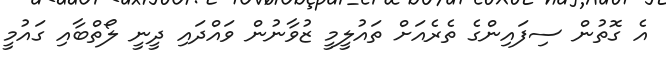
އެ ގޮތުން ސިފައިންގެ ތެރެއަށް ތައުލީމީ ޒުވާނުން ވައްދައި ދީނީ ލޯތްބާއި ގައުމީ